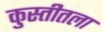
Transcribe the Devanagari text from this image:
कुस्तीतला